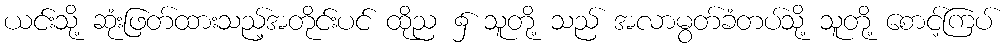
ယင်းသို့ ဆုံးဖြတ်ထားသည့်အတိုင်းပင် ထိုည ၌ သူတို့ သည် အလာမွတ်ခံတပ်သို့ သူတို့ စောင့်ကြပ်